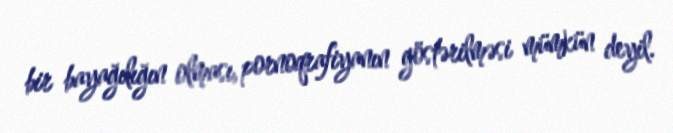
bir bayağılığın olması, pornoqrafiyanın göstərilməsi mümkün deyil.